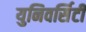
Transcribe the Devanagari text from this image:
युनिवर्सिटी